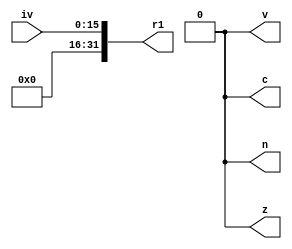
module movr1n (iv, r1, n, z, c, v);
input [15:0] iv;
output [31:0] r1;
output reg n, z, c, v;
assign r1 = {{16{1'b0}},iv};

assign n = 1'b0;
assign z = 1'b0;
assign c = 1'b0;
assign v = 1'b0;

endmodule